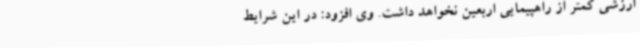
ارزشی کمتر از راهپیمایی اربعین نخواهد داشت. وی افزود: در این شرایط